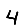
Digit: 4